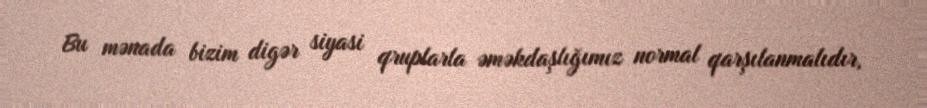
Bu mənada bizim digər siyasi qruplarla əməkdaşlığımız normal qarşılanmalıdır,